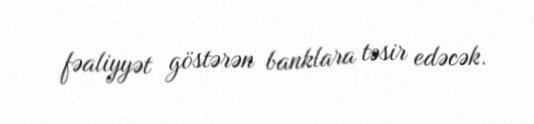
fəaliyyət göstərən banklara təsir edəcək.